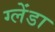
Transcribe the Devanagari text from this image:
ग्लेंडा